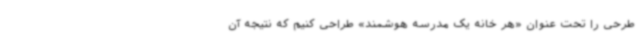
طرحی را تحت عنوان «هر خانه یک مدرسه هوشمند» طراحی کنیم که نتیجه آن